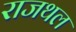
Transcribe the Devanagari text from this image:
राजथल